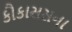
કૌકાસસના